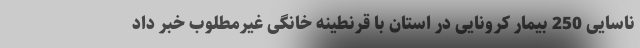
ناسایی 250 بیمار کرونایی در استان با قرنطینه خانگی غیرمطلوب خبر داد